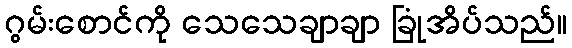
ဂွမ်းစောင်ကို သေသေချာချာ ခြုံအိပ်သည်။